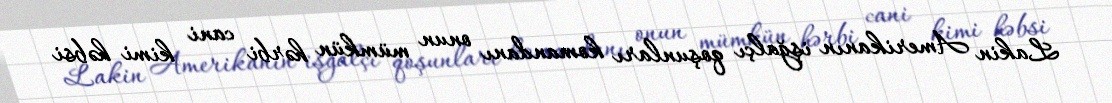
Lakin Amerikanın işğalçı qoşunları komandanı onun mümkün hərbi cani kimi həbsi